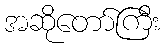
အဆိုတော်ကြီး